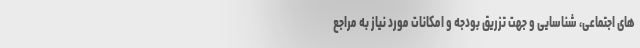
های اجتماعی، شناسایی و جهت تزریق بودجه و امکانات مورد نیاز به مراجع